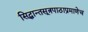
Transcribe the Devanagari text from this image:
सिद्धान्तसूत्रपाठाप्रमाणेच